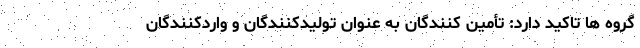
گروه ها تاکید دارد: تأمین کنندگان به عنوان تولیدکنندگان و واردکنندگان